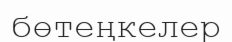
бөтеңкелер